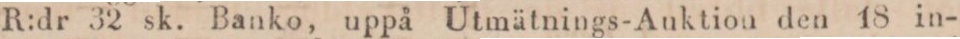
R:dr 32 sk. Banko, uppå Utmätnings-Auktion den 18 in-